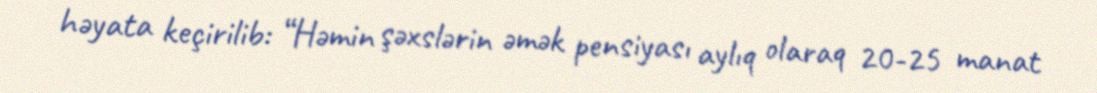
həyata keçirilib: “Həmin şəxslərin əmək pensiyası aylıq olaraq 20-25 manat